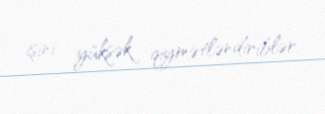
işini yüksək qiymətləndiriblər.